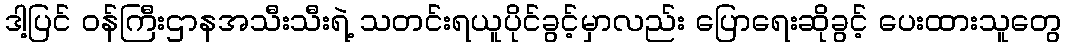
ဒါ့ပြင် ဝန်ကြီးဌာနအသီးသီးရဲ့ သတင်းရယူပိုင်ခွင့်မှာလည်း ပြောရေးဆိုခွင့် ပေးထားသူတွေ